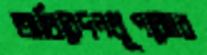
অধিবেদনধূপঝোর